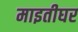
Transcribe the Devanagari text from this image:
माइतीघर